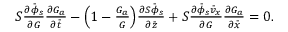
\begin{array} { r } { S \frac { \partial \bar { \phi } _ { s } } { \partial G } \frac { \partial G _ { a } } { \partial \bar { t } } - \Bigl ( 1 - \frac { G _ { a } } { G } \Bigr ) \frac { \partial S \bar { \phi } _ { s } } { \partial \bar { z } } + S \frac { \partial \bar { \phi } _ { s } \bar { v } _ { x } } { \partial G } \frac { \partial G _ { a } } { \partial \bar { x } } = 0 . } \end{array}